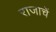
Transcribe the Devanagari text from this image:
राजाचें